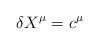
LaTeX: \begin{align*}\delta X^{\mu}= c^{\mu}\end{align*}